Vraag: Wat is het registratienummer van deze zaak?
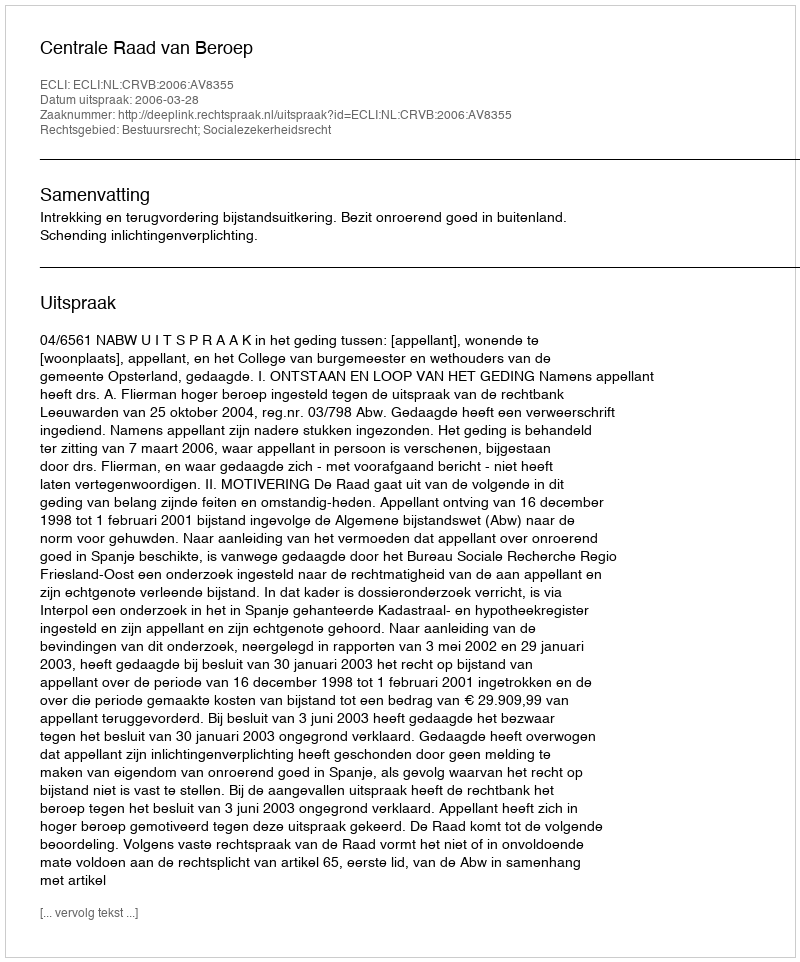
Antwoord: http://deeplink.rechtspraak.nl/uitspraak?id=ECLI:NL:CRVB:2006:AV8355